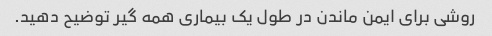
روشی برای ایمن ماندن در طول یک بیماری همه گیر توضیح دهید.